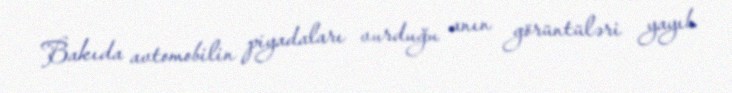
Bakıda avtomobilin piyadaları vurduğu anın görüntüləri yayıb.